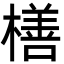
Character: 橏